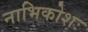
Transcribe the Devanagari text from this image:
नाभिकोशः